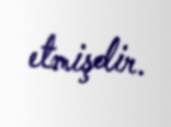
etmişdir.